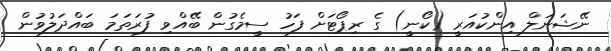
ނޭޝަނަލް އިންކުއަރީ (ކޯނީ) ގެ ރިޕޯޓަށް ފަހު ސީމެގުން ބޭއްވި ފުރަތަމަ ބައްދަލުވުން